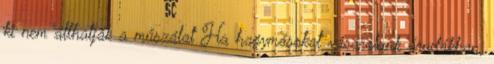
ki nem állhatják a műszálat Ha hagymásokat vásárolunk árudákban,